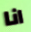
انا